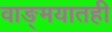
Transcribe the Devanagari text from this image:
वाङ्‌मयातही